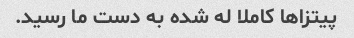
پیتزاها کاملا له شده به دست ما رسید.